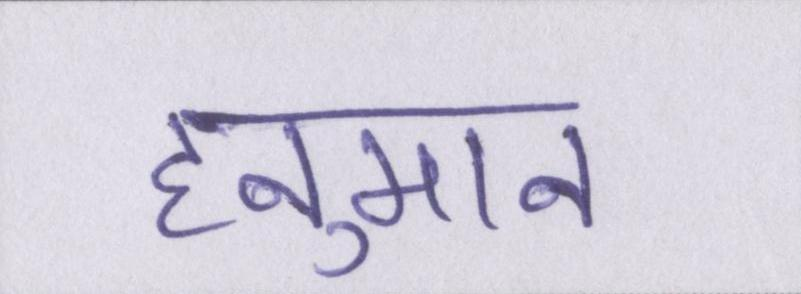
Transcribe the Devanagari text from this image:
हनुमान